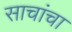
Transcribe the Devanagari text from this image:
साचांचा